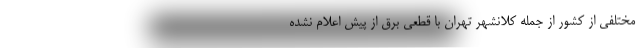
مختلفی از کشور از جمله کلانشهر تهران با قطعی برق از پیش اعلام نشده